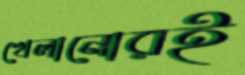
খেলানোরই